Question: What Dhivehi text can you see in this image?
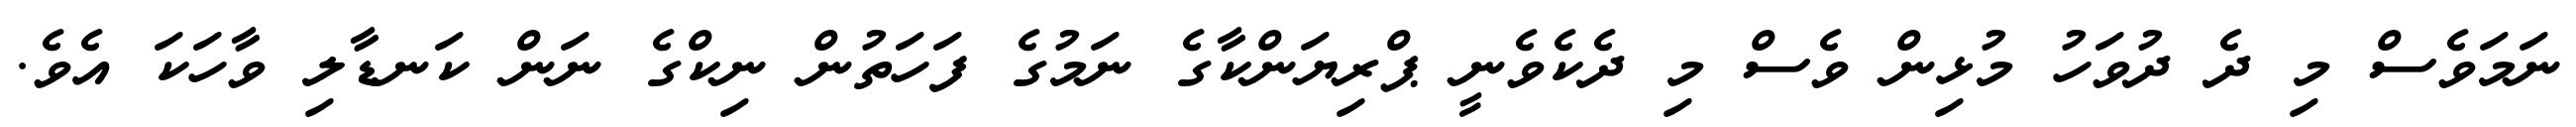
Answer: ނަމަވެސް މި ދެ ދުވަހު މުޅިން ވެސް މި ދެކެވެނީ ޕްރިޔަންކާގެ ނަމުގެ ފަހަތުން ނިކްގެ ނަން ކަނޑާލި ވާހަކަ އެވެ.